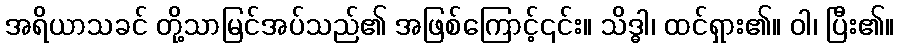
အရိယာသခင် တို့သာမြင်အပ်သည်၏ အဖြစ်ကြောင့်၎င်း။ သိဒ္ဓါ၊ ထင်ရှား၏။ ဝါ၊ ပြီး၏။